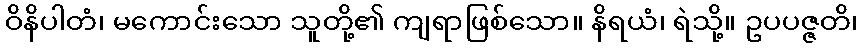
ဝိနိပါတံ၊ မကောင်းသော သူတို့၏ ကျရာဖြစ်သော။ နိရယံ၊ ရဲသို့။ ဥပပဇ္ဇတိ၊